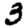
Digit: 3